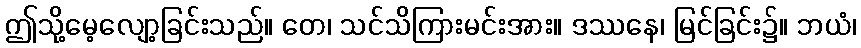
ဤသို့မေ့လျော့ခြင်းသည်။ တေ၊ သင်သိကြားမင်းအား။ ဒဿနေ၊ မြင်ခြင်း၌။ ဘယံ၊